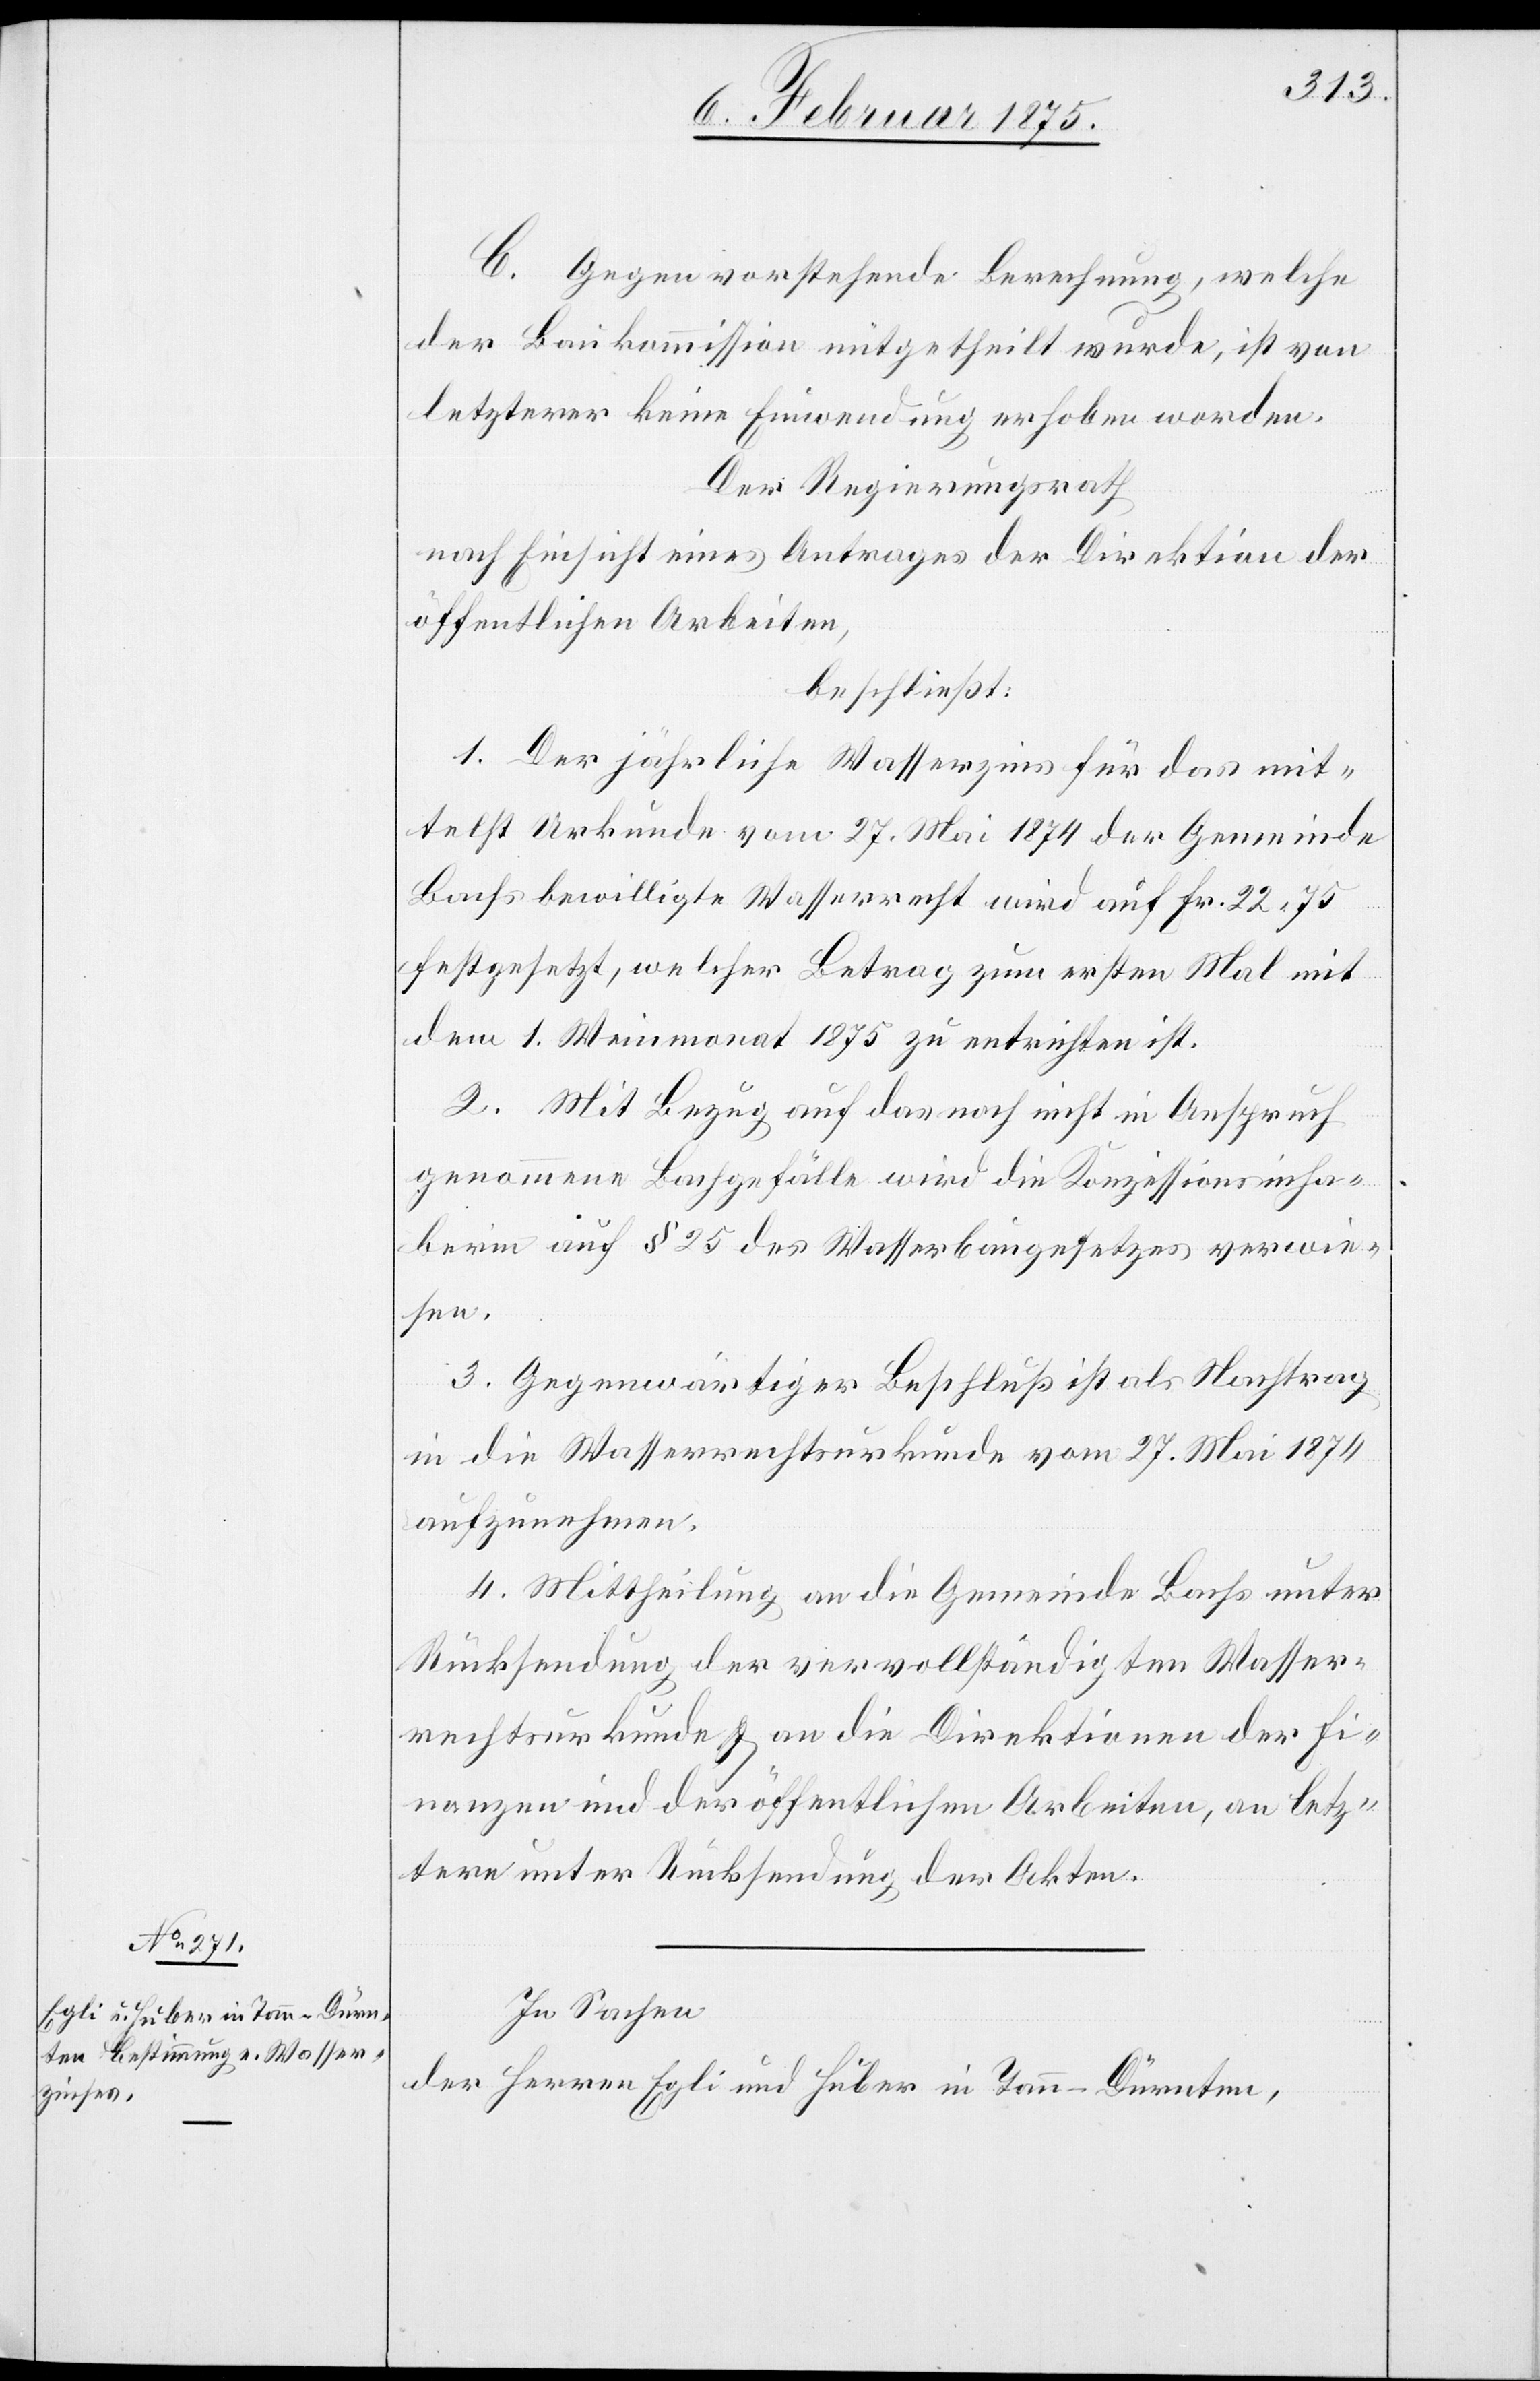
C. Gegen vorstehende Berechnung, welche
der Baukommission mitgetheilt wurde, ist von
letzterer keine Einwendung erhoben worden.
Der Regierungsrath
nach Einsicht eines Antrages der Direktion der
öffentlichen Arbeiten,
beschließt:
1. Der jährliche Wasserzins für das mit¬
telst Urkunde vom 27. Mai 1874 der Gemeinde
Bachs bewilligte Wasserrecht wird auf fr. 22. 75
festgesetzt, welcher Betrag zum ersten Mal mit
dem 1. Weinmonat 1875 zu entrichten ist.
2. Mit Bezug auf das noch nicht in Anspruch
genommene Bachgefälle wird die Konzessionsinha¬
berin auf § 25 des Wasserbaugesetzes verwie¬
sen.
3. Gegenwärtiger Beschluß ist als Nachtrag
in die Wasserrechtsurkunde vom 27. Mai 1874
aufzunehmen.
4. Mittheilung an die Gemeinde Bachs unter
Rücksendung der vervollständigten Wasser¬
rechtsurkunde u. an die Direktionen der Fi¬
nanzen und der öffentlichen Arbeiten, an letz¬
tere unter Rücksendung der Akten.
In Sachen
der Herren Egli und Huber in Tann - Dürnten,